Veterinary [1904] -
Year: 1904
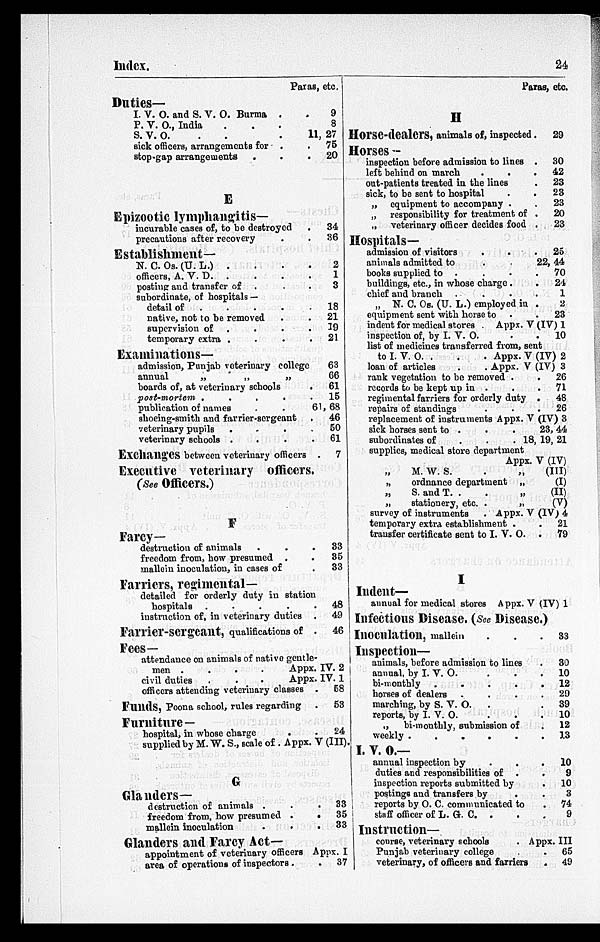
Index.
24
Paras, etc.
Duties—
I. V. O. and S. V. O. Burma . .
P. V. O., India . . .
S.V.
O.
. . .
sick officers, arrangements for . .
stop-gap arrangements
. . .
E
Epizootic lymphangitis—
incurable cases of, to be destroyed
precautions after recovery
Establishment—
N. C. Os. (U. L.)
. . .
officers, A. V. D.
posting and transfer of
subordinate, of hospitals —
detail of
native, not to be removed
supervision of . . .
temporary extra . . .
Examinations—
admission, Punjab veterinary college
annual
„
„
„
boards of, at veterinary schools
post-mortem
.
.
.
.
publication of names . .
shoeing-smith and farrier-sergeant
veterinary pupils . . .
veterinary schools . . .
Exchanges between veterinary officers
9
8
11, 27
75
20
34
36
2
1
3
18
21
19
21
63
66
61
15
61, 68
46
50
61
7
Executive veterinary officers
(See Officers.)
F
Farcy—
destruction of animals . . .
freedom from, how presumed . .
mallein inoculation, in cases of .
Earners, regimental—
33
35
33
detailed for orderly duty in station
hospitals
.
.
.
.
instruction of, in veterinary duties .
Farrier-sergeant, qualifications of .
Fees—
48
49
46
attendance on animals of native gentle-
men .
.
.
.
Appx. IV. 2
civil duties
.
.
.
Appx. IV. 1
officers attending veterinary classes
Funds, Poona school, rules regarding
Furniture —
hospital, in whose charge
58
53
24
supplied by M. W. S., scale of . Appx. V (III)
G
Glanders—
destruction of animals . .
freedom from, how presumed .
mallein inoculation
.
.
Glanders and Farcy Act—
appointment of veterinary officers
area of operations of inspectors .
33
35
33
Appx. I
.
37
Paras, etc.
H
Horse-dealers, animals of, inspected
Horses—
inspection before admission to lines
left behind on march
out-patients treated in the lines
sick, to be sent to hospital
„
equipment to accompany .
„
responsibility for treatment of
„
veterinary officer decides food
Hospitals—
admission of visitors . .
animals admitted to
books supplied to
buildings, etc., in whose charge .
chief and branch
„ N. C. Os. (U. L.) employed in
equipment sent with horse to
indent for medical stores . Appx. V
inspection of, by I. V. O.
list of medicines transferred from, sent
to I. V. O. .
.
. Appx. V
loan of articles
.
. Appx. V
rank vegetation to be removed .
records to be kept up in . .
regimental farriers for orderly duty
repairs of standings
replacement of instruments Appx. V
sick horses sent to . . .
subordinates of
.
.
.
supplies, medical store department
Appx.
M. W. S. . „
„
ordnance department
„
„
S. and T. . . „
„
stationery, etc. .
„
survey of instruments
. Appx. V
temporary extra establishment .
transfer certificate sent to I. V. O.
I
Indent—
annual for medical stores Appx. V
29
30
42
23
23
23
20
23
25
22, 44
70
24
1
2
23
(IV) 1
10
(IV) 2
(IV) 3
26
71
48
26
(IV) 3
23, 44
18, 19, 21
V (IV)
(III)
(I)
(II)
(V)
(IV) 4
21
79
(IV) 1
Infectious Disease. (See Disease.)
Inoculation, mallein . .
Inspection—
animals, before admission to lines
annual, by I. V. O.
bi-monthly
.
.
.
.
horses of dealers
marching, by S. V. O.
reports, by I. V. O.
„
bi-monthly, submission of
weekly .
.
.
.
.
I. V. O.—
annual inspection by
duties and responsibilities of .
inspection reports submitted by
postings and transfers by
.
reports by O. C. communicated to
staff officer of L. G. C. . .
Instruction—
33
30
10
12
29
39
10
12
13
10
9
10
3
74
9
course, veterinary schools
. Appx. III
Punjab veterinary college
veterinary, of officers and farriers
65
49